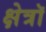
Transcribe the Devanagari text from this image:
क्षेत्रॉ